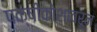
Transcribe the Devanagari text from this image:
पक्षीकोशावरून